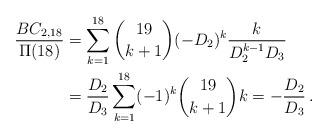
LaTeX: \begin{align*}\frac{BC_{2,18}}{\Pi(18)}&=\sum_{k=1}^{18}\binom{19}{k+1}(-D_2)^k\frac{k}{D_2^{k-1}D_3}\\&=\frac{D_2}{D_3}\sum_{k=1}^{18}(-1)^k\binom{19}{k+1}k=-\frac{D_2}{D_3}\,. \end{align*}